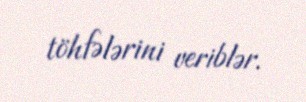
töhfələrini veriblər.